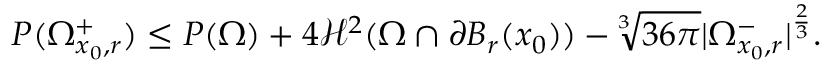
P ( \Omega _ { x _ { 0 } , r } ^ { + } ) \leq P ( \Omega ) + 4 \mathcal { H } ^ { 2 } ( \Omega \cap \partial B _ { r } ( x _ { 0 } ) ) - \sqrt [ 3 ] { 3 6 \pi } | \Omega _ { x _ { 0 } , r } ^ { - } | ^ { \frac { 2 } { 3 } } .